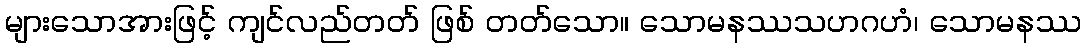
များသောအားဖြင့် ကျင်လည်တတ် ဖြစ် တတ်သော။ သောမနဿသဟဂဟံ၊ သောမနဿ